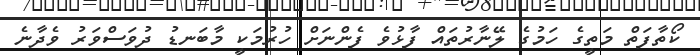
ކޯތާފަތް މަތީގެ ހަމުގެ ލޭނާރުތައް ފާޅުވެ ފެންނަށް ހުރުމަކީ މާބަނޑު ދުވަސްވަރު ވެދާނެ